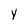
Character: y